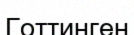
Готтинген